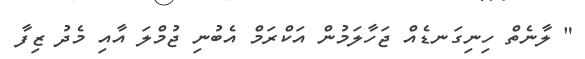
" ލާނެތް ހިނިގަނޑެއް ޖަހާލަމުން އަކްރަމް އެބުނި ޖުމްލަ އާއި މެދު ޒިފާ